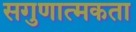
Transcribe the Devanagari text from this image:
सगुणात्मकता